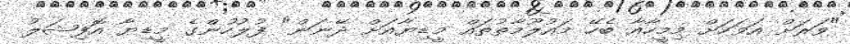
"ވަރަށް އަވަހަށް މިމީހާއާ ބެހޭ މައުލޫމާތުތައް މީޑިޔާއަށް ދޭނަން" ފުލުހުންގެ މީޑިޔާ އޮފިޝަލު